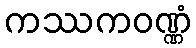
ကဿကဝဏ္ဏံ